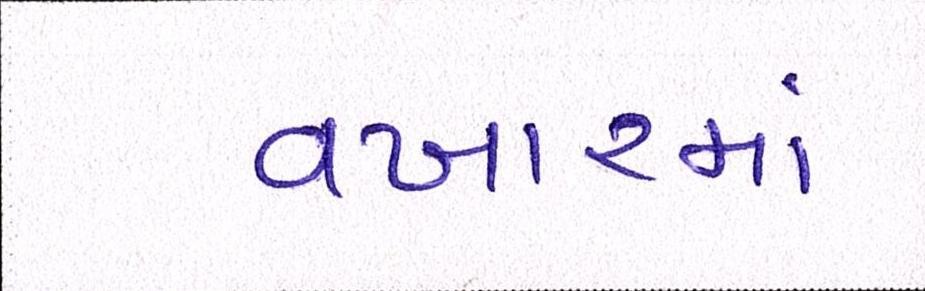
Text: વખારમાં